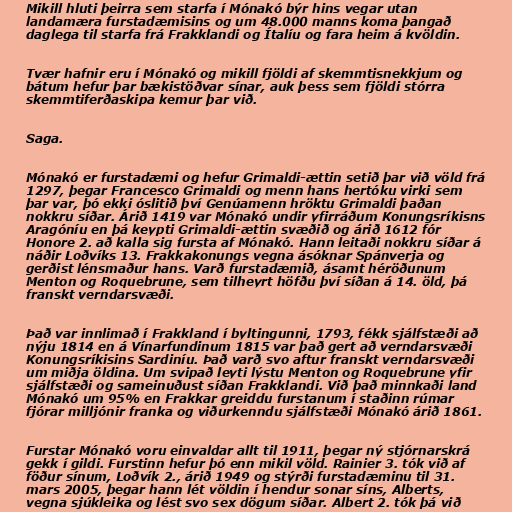
Mikill hluti þeirra sem starfa í Mónakó býr hins vegar utan
landamæra furstadæmisins og um 48.000 manns koma þangað
daglega til starfa frá Frakklandi og Ítalíu og fara heim á kvöldin.

Tvær hafnir eru í Mónakó og mikill fjöldi af skemmtisnekkjum og
bátum hefur þar bækistöðvar sínar, auk þess sem fjöldi stórra
skemmtiferðaskipa kemur þar við.

Saga.

Mónakó er furstadæmi og hefur Grimaldi-ættin setið þar við völd frá
1297, þegar Francesco Grimaldi og menn hans hertóku virki sem
þar var, þó ekki óslitið því Genúamenn hröktu Grimaldi þaðan
nokkru síðar. Árið 1419 var Mónakó undir yfirráðum Konungsríkisns
Aragóníu en þá keypti Grimaldi-ættin svæðið og árið 1612 fór
Honore 2. að kalla sig fursta af Mónakó. Hann leitaði nokkru síðar á
náðir Loðvíks 13. Frakkakonungs vegna ásóknar Spánverja og
gerðist lénsmaður hans. Varð furstadæmið, ásamt héröðunum
Menton og Roquebrune, sem tilheyrt höfðu því síðan á 14. öld, þá
franskt verndarsvæði.

Það var innlimað í Frakkland í byltingunni, 1793, fékk sjálfstæði að
nýju 1814 en á Vínarfundinum 1815 var það gert að verndarsvæði
Konungsríkisins Sardiníu. Það varð svo aftur franskt verndarsvæði
um miðja öldina. Um svipað leyti lýstu Menton og Roquebrune yfir
sjálfstæði og sameinuðust síðan Frakklandi. Við það minnkaði land
Mónakó um 95% en Frakkar greiddu furstanum í staðinn rúmar
fjórar milljónir franka og viðurkenndu sjálfstæði Mónakó árið 1861.

Furstar Mónakó voru einvaldar allt til 1911, þegar ný stjórnarskrá
gekk í gildi. Furstinn hefur þó enn mikil völd. Rainier 3. tók við af
föður sínum, Loðvík 2., árið 1949 og stýrði furstadæminu til 31.
mars 2005, þegar hann lét völdin í hendur sonar síns, Alberts,
vegna sjúkleika og lést svo sex dögum síðar. Albert 2. tók þá við